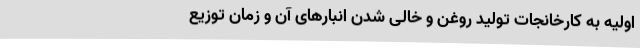
اولیه به کارخانجات تولید روغن و خالی شدن انبارهای آن و زمان توزیع